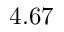
4 . 6 7